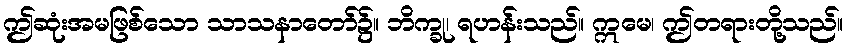
ဤဆုံးအမဖြစ်သော သာသနာတော်၌။ ဘိက္ခု၊ ရဟန်းသည်။ ဣမေ၊ ဤတရားတို့သည်။